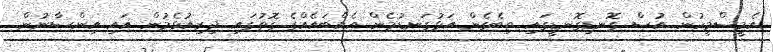
އެމީސްމީހުން އުސް ގޮނޑިގޮނޑީގައި ތިބެގެން އަޅުގަނޑުމެން އެއްބައެއްގެ ގޮތުގައި ދިރިއުޅެމުން އައި އިންސާނުން